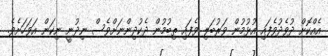
އެއްކޮށް ދުވެދުވެފައި އުޅުމުން ވަރުބަލި ވެފައި ތިބުމުން ދެކުދިންނަށްވެސް ނިދުނީ ނިކަން އަވަހަށެވެ.